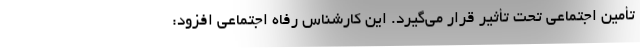
تأمین اجتماعی تحت تأثیر قرار می‌گیرد. این کارشناس رفاه اجتماعی افزود: